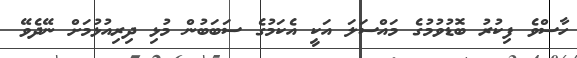
ހާސްވެ ފިކުރު ބޮޑުވުމުގެ މައްސަލަ އަކީ އެކަމުުގެ ސަބަބުން މުޅި ދިރިއުޅުމަށް ނޭދެވޭ